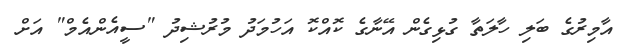
އާމިރުގެ ބަލި ހާލަތާ ގުޅިގެން އޭނާގެ ކޮއްކޮ އަހުމަދު މުރުޝިދު "ސީއެންއެމް" އަށް